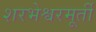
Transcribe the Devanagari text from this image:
शरभेश्वरमूर्ती